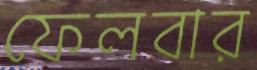
ফেলবার